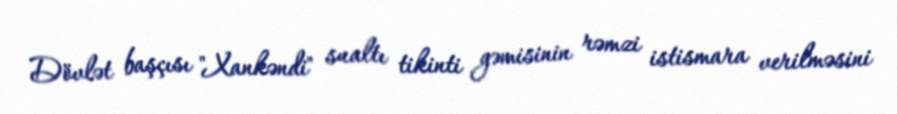
Dövlət başçısı "Xankəndi" sualtı tikinti gəmisinin rəmzi istismara verilməsini